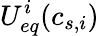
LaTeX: {U_{eq}^{i}}(c_{s,i})